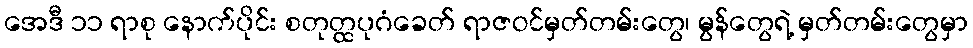
အေဒီ ၁၁ ရာစု နောက်ပိုင်း စတုတ္ထပုဂံခေတ် ရာဇဝင်မှတ်တမ်းတွေ၊ မွန်တွေရဲ့ မှတ်တမ်းတွေမှာ